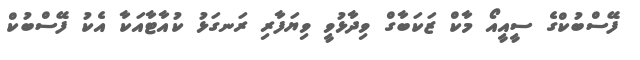
ފޭސްބުކްގެ ސީއީއޯ މާކް ޒަކަބާގް ވިދާޅުވީ ވިޔަފާރި ރަނގަޅު ކުއާޓާއަކާ އެކު ފޭސްބުކް